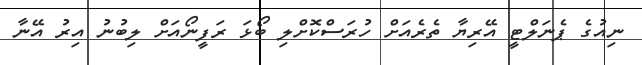
ނިއުގެ ޕެނަލްޓީ އޭރިޔާ ތެރެއަށް ހުރަސްކޮށްލި ބޯޅަ ރަފީނޯއަށް ލިބުނު އިރު އޭނާ